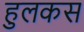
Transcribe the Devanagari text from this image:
हुलकस